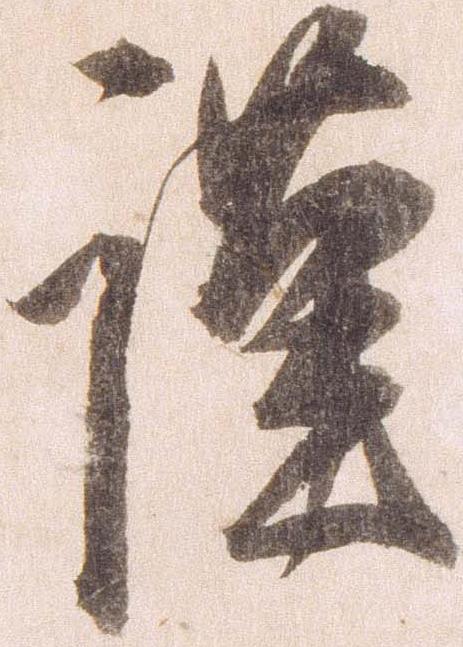
謹